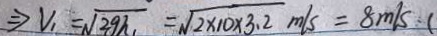
\Rightarrow V _ { 1 } = \sqrt { 2 9 h } = \sqrt { 2 \times 1 0 \times 3 . 2 } m / s = 8 m / s (